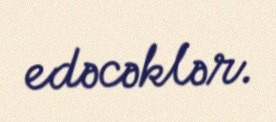
edəcəklər.